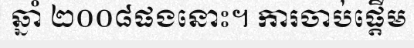
ឆ្នាំ ២០០៨ផងនោះ។ ការចាប់ផ្តើម